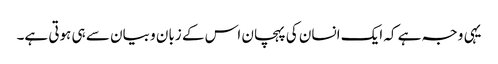
یہی وجہ ہے کہ ایک انسان کی پہچان اس کے زبان و بیان سے ہی ہوتی ہے۔